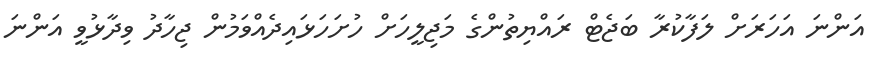
އަންނަ އަހަރަށް ލަފާކުރާ ބަޖެޓް ރައްޔިތުންގެ މަޖިލީހަށް ހުށަހަޅައިދެއްވަމުން ޖިހާދު ވިދާޅުވީ އަންނަ